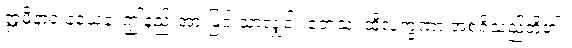
ဣမိနာဝ နယေန၊ ဤနည်းအားဖြင့် သာလျှင်။ တေသံ၊ ထိုလက္ခဏာ အစရှိသည်တို့၏။